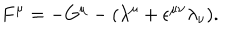
LaTeX: F ^ { \mu } = - G ^ { \mu } - ( { \lambda } ^ { \mu } + { \epsilon } ^ { { \mu } { \nu } } { \lambda } _ { \nu } ) .